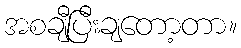
အစချီပြီးချတော့တာ။